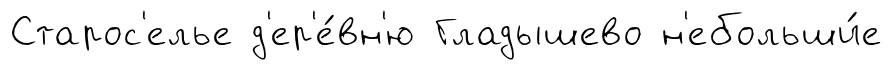
Старос'елье д'ер'е́вн'ю Гладышево н'ебольши́е